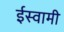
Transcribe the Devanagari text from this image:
ईस्वामी